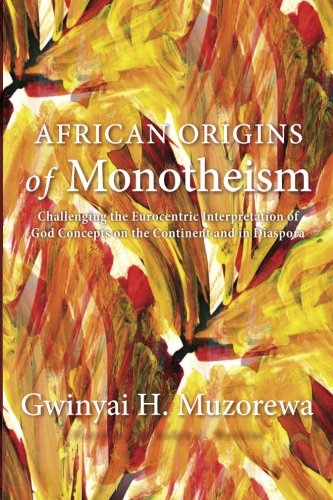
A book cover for African Origins of Monotheism: Challenging the Eurocentric Interpretation of God Concepts on the Continent and in Diaspora; Gwinyai H. Muzorewa; Religion & Spirituality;